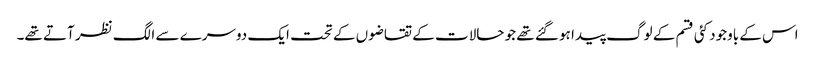
اس کے باوجود کئی قسم کے لوگ پیدا ہو گئے تھے جو حالات کے تقاضوں کے تحت ایک دوسرے سے الگ نظر آتے تھے۔